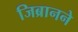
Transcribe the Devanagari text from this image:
जिब्रानने